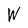
Character: W